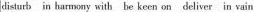
disturb in harmony with be keen on deliver in vain